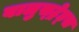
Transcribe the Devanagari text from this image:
बालुस्‍ट्रेड्स